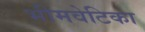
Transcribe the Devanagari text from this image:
भीमवेटिका